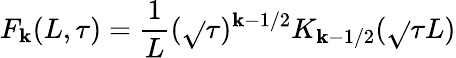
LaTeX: F_{\mathbf{k}}(L,\tau)={\frac{{1}}{{L}}}(\sqrt{}{{\tau}})^{\mathbf{k}-1/2}K_{\mathbf{k}-1/2}(\sqrt{}{{\tau}}L)